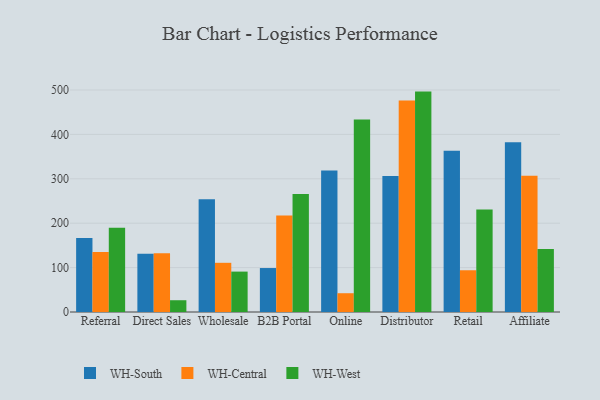
{"axis": {"x": "Channel", "y": "Active Users"}, "legend": ["WH-Central", "WH-South", "WH-West"], "data": [{"x": "Referral", "y": 166.7, "type": "WH-South"}, {"x": "Referral", "y": 135.1, "type": "WH-Central"}, {"x": "Referral", "y": 189.8, "type": "WH-West"}, {"x": "Direct Sales", "y": 131.1, "type": "WH-South"}, {"x": "Direct Sales", "y": 132.4, "type": "WH-Central"}, {"x": "Direct Sales", "y": 26.5, "type": "WH-West"}, {"x": "Wholesale", "y": 253.9, "type": "WH-South"}, {"x": "Wholesale", "y": 110.8, "type": "WH-Central"}, {"x": "Wholesale", "y": 91.0, "type": "WH-West"}, {"x": "B2B Portal", "y": 99.0, "type": "WH-South"}, {"x": "B2B Portal", "y": 217.4, "type": "WH-Central"}, {"x": "B2B Portal", "y": 265.5, "type": "WH-West"}, {"x": "Online", "y": 318.5, "type": "WH-South"}, {"x": "Online", "y": 42.3, "type": "WH-Central"}, {"x": "Online", "y": 433.7, "type": "WH-West"}, {"x": "Distributor", "y": 306.5, "type": "WH-South"}, {"x": "Distributor", "y": 476.3, "type": "WH-Central"}, {"x": "Distributor", "y": 496.4, "type": "WH-West"}, {"x": "Retail", "y": 363.0, "type": "WH-South"}, {"x": "Retail", "y": 94.0, "type": "WH-Central"}, {"x": "Retail", "y": 230.8, "type": "WH-West"}, {"x": "Affiliate", "y": 382.4, "type": "WH-South"}, {"x": "Affiliate", "y": 306.9, "type": "WH-Central"}, {"x": "Affiliate", "y": 141.8, "type": "WH-West"}]}